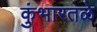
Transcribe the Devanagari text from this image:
कुंभारतळे